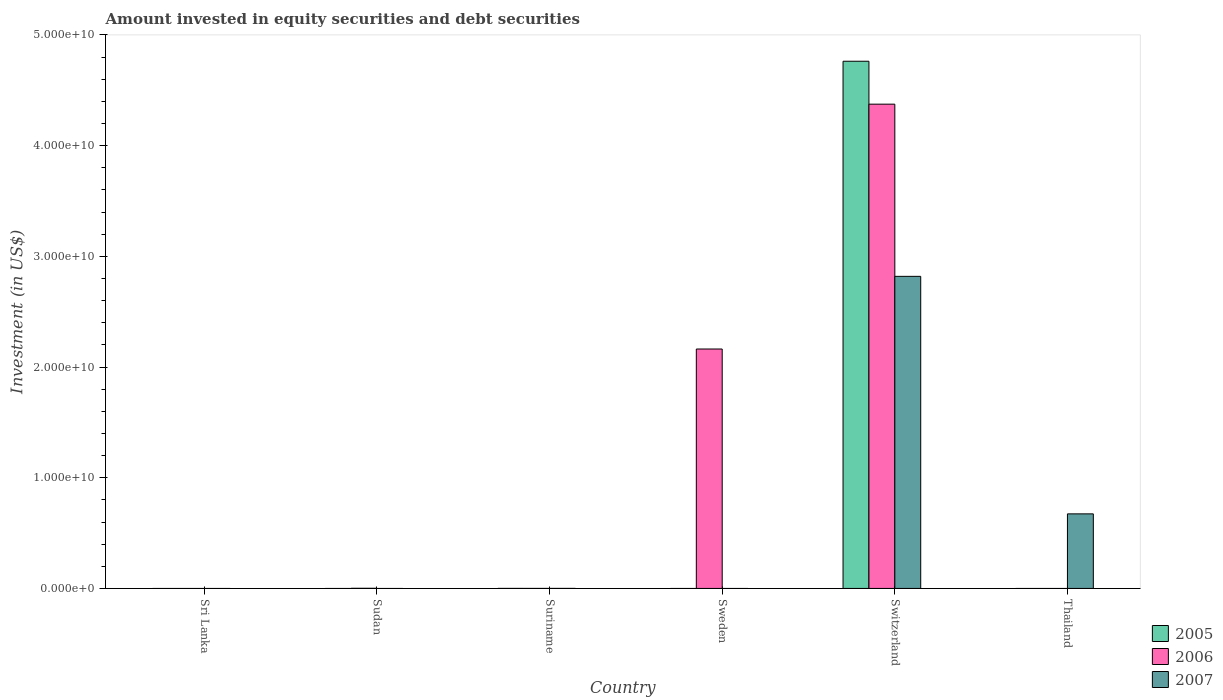
| Country | 2005 | 2006 | 2007 |
 | --- | --- | --- | --- |
 | Sri Lanka | -6.04e+07 | -5.1e+07 | -9.74e+08 |
 | Sudan | -4.67e+07 | 1.22e+07 | -4.01e+07 |
 | Suriname | 2e+06 | 3e+05 | 1.3e+06 |
 | Sweden | -6.57e+08 | 2.16e+10 | -1.5e+10 |
 | Switzerland | 4.76e+10 | 4.37e+10 | 2.82e+10 |
 | Thailand | -5.55e+09 | -4.27e+09 | 6.74e+09 |